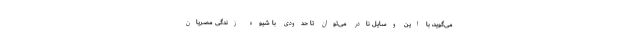
می‌گوید، با این وسایل نادر می‌توان تا حدودی با شیوه زندگی مصریان